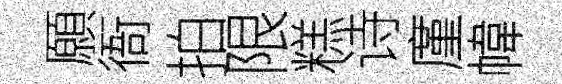
願衙拍限糕诗廑幃